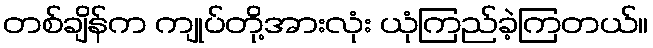
တစ်ချိန်က ကျုပ်တို့အားလုံး ယုံကြည်ခဲ့ကြတယ်။